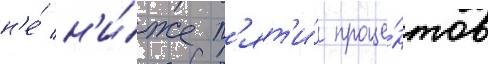
н'е́ н'и́же п'ят'и́ проце́нтов